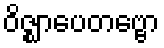
ဝိဇ္ဈာပေတဗ္ဗော